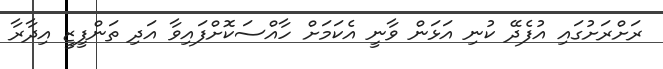
ރަށްރަށުގައި އުފެދޭ ކުނި އަޅަން ވާނީ އެކަމަށް ހާއްސަކޮށްފައިވާ އަދި ތަންފީޒީ އިދާރާ